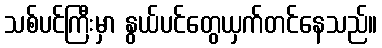
သစ်ပင်ကြီးမှာ နွယ်ပင်တွေယှက်တင်နေသည်။